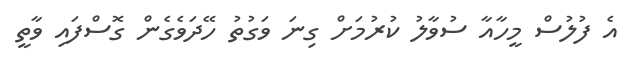
އެ ފުލުސް މީހާއާ ސުވާލު ކުރުމަށް ގިނަ ވަގުތު ހޭދަވެގެން ގޮސްފައި ވާތީ